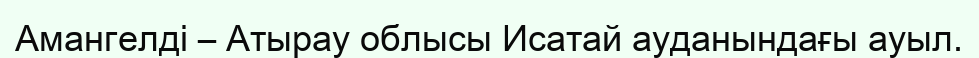
Амангелді – Атырау облысы Исатай ауданындағы ауыл.